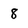
Character: 8